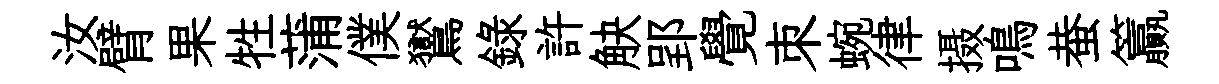
汝臂果牲蒲僕鸑錄許觖郢覺朿蜿律摄鳴蛬籯